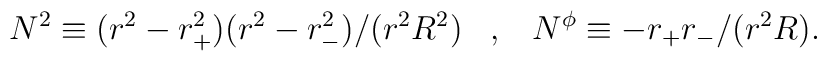
N^{2}\equiv (r^2-r_{+}^2)(r^2-r_{-}^2)/(r^2 R^2)\;\;\; , \;\;\;N^{\phi}\equiv -r_{+}r_{-}/(r^2 R).